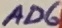
Text: AD6